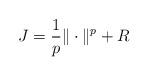
LaTeX: \begin{align*} J = \frac 1p \|\cdot\|^p + R\end{align*}